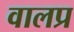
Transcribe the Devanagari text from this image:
वालप्र